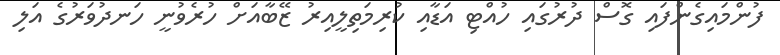
ފުންމައިގެންފައި ގޮސް ދުރުގައި ހުއްޓި އަޑާއި ކުރިމަތިލީއިރު ޒޭބާއަށް ހުރެވުނީ ހަނދުވަރުގެ އަލި